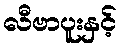
လီဗာပူးနှင့်